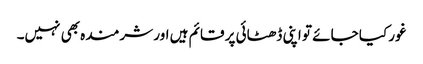
غور کیا جائے تو اپنی ڈھٹائی پر قائم ہیں اور شرمندہ بھی نہیں۔